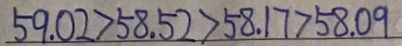
5 9 . 0 2 > 5 8 . 5 2 > 5 8 . 1 7 > 5 8 . 0 9